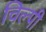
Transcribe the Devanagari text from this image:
चिल्पी